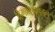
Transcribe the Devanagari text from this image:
हिमालयाकडून